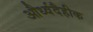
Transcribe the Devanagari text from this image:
और्ध्वदैहीक